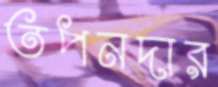
তপনদার